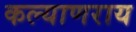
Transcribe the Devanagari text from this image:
कल्याणराय